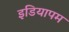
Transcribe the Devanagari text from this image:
इडियापम